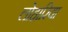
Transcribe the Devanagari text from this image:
लोहारिया